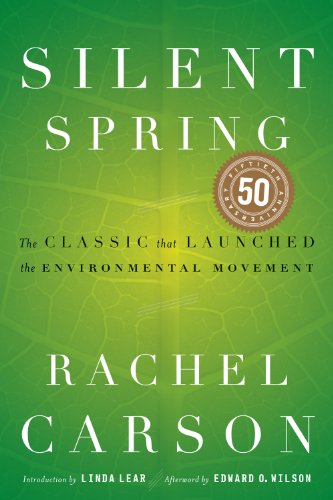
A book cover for Silent Spring; Rachel Carson; Engineering & Transportation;